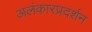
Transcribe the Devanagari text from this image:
अलंकारप्रदर्शन